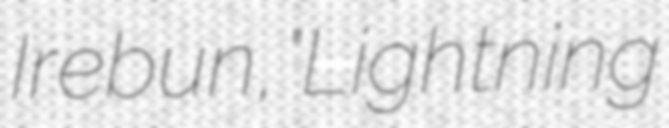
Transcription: Irebun, "Lightning